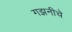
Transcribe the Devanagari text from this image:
गझनीचे